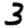
Digit: 3